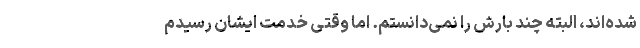
شده‌اند، البته چند بارش را نمی‌دانستم. اما وقتی خدمت‌ ایشان رسیدم